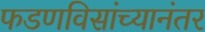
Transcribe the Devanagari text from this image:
फडणविसांच्यानंतर